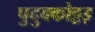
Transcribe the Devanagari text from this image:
पुदुक्कोट्टइ